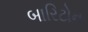
બારિટોન